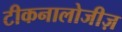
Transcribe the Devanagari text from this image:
टीकनालोजीज़